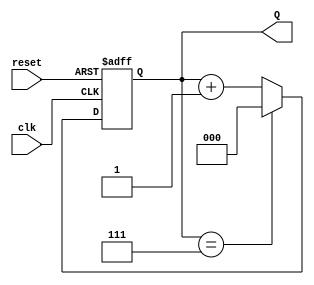
module binary_up_counter #(
    parameter N = 3  // Number of bits for the counter (default is 3)
)(
    input wire clk,      // Clock input
    input wire reset,    // Asynchronous reset input
    output reg [N-1:0] Q // Counter output
);

// Always block triggered on the rising edge of the clock or when reset is activated
always @(posedge clk or posedge reset) begin
    if (reset) begin
        Q <= 0; // Reset the counter to 0
    end else begin
        if (Q == (1 << N) - 1) begin
            Q <= 0; // Roll over to 0 when maximum count is reached
        end else begin
            Q <= Q + 1; // Increment the counter
        end
    end
end

endmodule